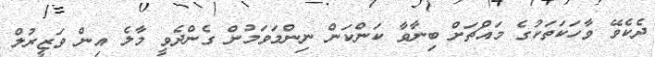
ދެކެވޭ ވާހަކަތަކުގެ މައްޗަށް ބިނާވާ ކަންކަން ނިންމަވަމުން ގެންދެވީ މާލެ އިން ވަޒީރުލް